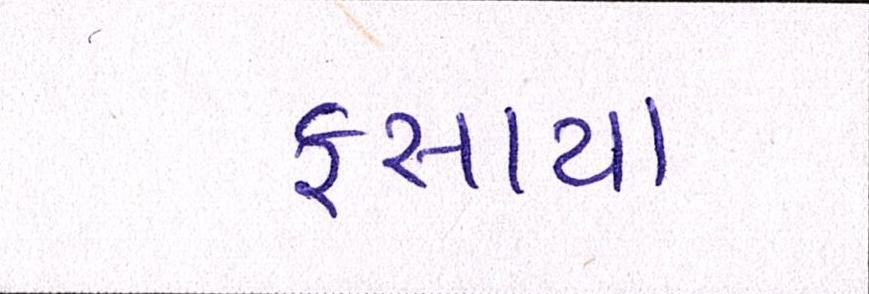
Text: ફસાયા